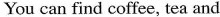
You can find coffee,tea and